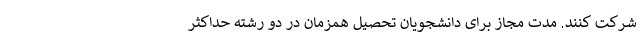
شرکت کنند. مدت مجاز برای دانشجویان تحصیل همزمان در دو رشته حداکثر